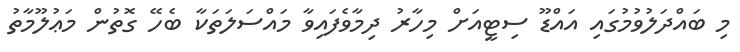
މި ބައްދަލުވުމުގައި އައްޑޫ ސިޓީއަށް މިހާރު ދިމާވެފައިވާ މައްސަލަތަކާ ބެހޭ ގޮތުން މަޢުލޫމާތު